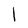
Character: I